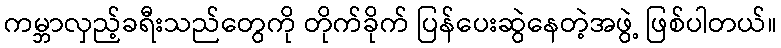
ကမ္ဘာလှည့်ခရီးသည်တွေကို တိုက်ခိုက် ပြန်ပေးဆွဲနေတဲ့အဖွဲ့ ဖြစ်ပါတယ်။